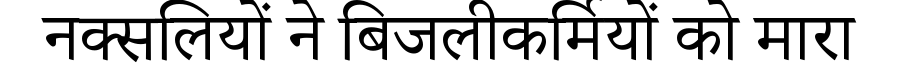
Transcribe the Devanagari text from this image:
नक्सलियों ने बिजलीकर्मियों को मारा